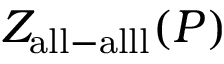
Z _ { \mathrm { a l l - a l l l } } ( P )